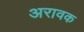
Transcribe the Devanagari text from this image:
अरावक